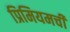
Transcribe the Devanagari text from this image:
प्रिमियमची